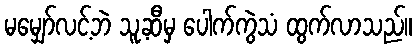
မမျှော်လင့်ဘဲ သူ့ဆီမှ ပေါက်ကွဲသံ ထွက်လာသည်။